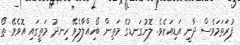
ފުރަތަމަވެސް ދާނީ އަޑިއަށެވެ. ލޮނުގަނޑުގެ މަތިން ބޯހިއްލާލެވޭ ހިނދު މަތީގައި އޮވެވޭ ތޯ